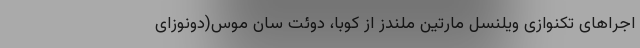
اجراهای تکنوازی ویلنسل مارتین ملندز از کوبا، دوئت سان موس(دونوزای